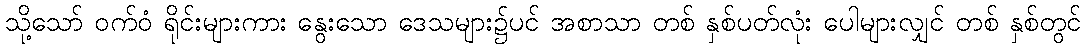
သို့သော် ဝက်ဝံ ရိုင်းများကား နွေးသော ဒေသများ၌ပင် အစာသာ တစ် နှစ်ပတ်လုံး ပေါများလျှင် တစ် နှစ်တွင်